Insane asylums Bombay 1873-77 - 1873-1877
Year: 1873
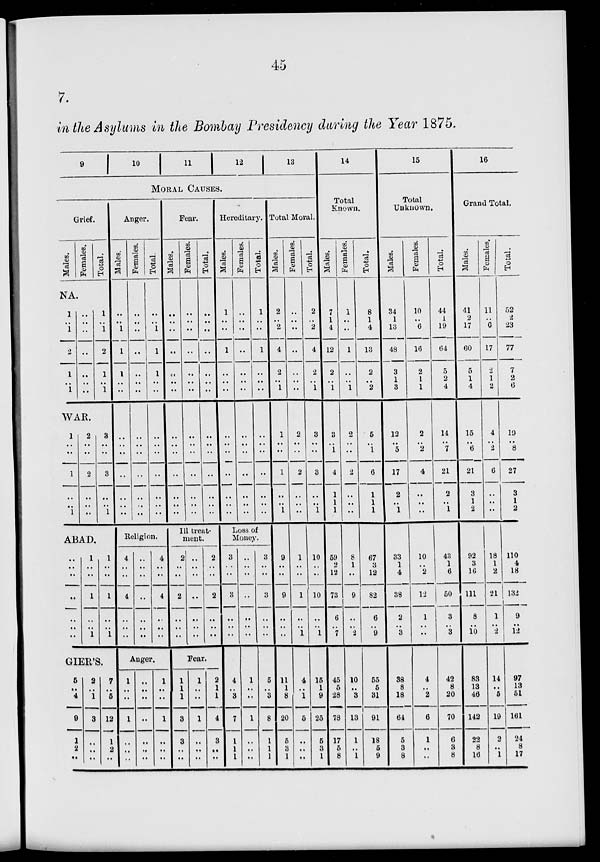
45
7.
in the Asylums in the Bombay Presidency during the Year 1875.
9
10
11
12 13
MORAL CAUSES.
Grief.
Males.
Females.
Total.
NA.
1
..
1
2
1
..
1
..
..
..
..
..
..
..
1
..
1
2
1
..
1
WAR.
1
..
..
1
..
..
1
2
..
..
2
..
..
..
3
..
..
3
..
..
1
ABAD,
..
..
..
..
..
..
..
1
..
..
1
..
..
1
1
..
..
1
..
..
1
GIER'S.
5
..
4
9
1
2
..
2
..
1
3
..
..
..
7
..
5
12
1
2
..
Anger.
Males.
..
..
1
1
1
..
..
..
..
..
..
..
..
..
Females.
..
..
..
..
..
..
..
..
..
..
..
..
..
..
Total.
..
..
1
1
1
..
..
..
..
..
..
..
..
..
Religion.
4
..
..
4
..
..
..
..
..
..
..
..
..
..
4
..
..
4
..
..
..
Anger.
1
..
..
1
..
..
..
..
..
..
..
..
..
..
1
..
..
1
..
..
..
Fear.
Males.
..
..
..
..
..
..
..
..
..
..
..
..
..
..
Females.
..
..
..
..
..
..
..
..
..
..
..
..
..
..
Total.
..
..
..
..
..
..
..
..
..
..
..
..
..
..
Ill treat-
ment.
2
..
..
2
..
..
..
..
..
..
..
..
..
..
2
..
..
2
..
..
..
Fear.
1
1
1
3
3
..
..
1
..
..
1
..
..
..
2
1
1
4
3
..
..
Hereditary.
Males.
1
..
..
1
..
..
..
..
..
..
..
..
..
..
Females.
..
..
..
..
..
..
..
..
..
..
..
..
..
..
Total.
1
..
..
1
..
..
..
..
..
..
..
..
..
..
Loss of
Money.
3
..
..
3
..
..
..
4
..
3
7
1
1
1
..
..
..
..
..
..
..
1
..
..
1
..
..
..
3
..
..
3
..
..
..
5
..
3
8
1
1
1
Total Moral.
Males.
2
..
2
4
2
..
1
1
..
..
1
..
..
1
9
..
..
9
..
..
..
11
1
8
20
5
3
1
Females,
..
..
..
..
..
..
..
2
..
..
2
..
..
..
1
..
..
1
..
..
1
4
..
1
5
..
..
..
Total.
2
..
2
4
2
..
1
3
..
..
3
..
..
1
10
..
..
10
..
..
1
15
1
9
25
5
3
1
14
Total
Known.
Males.
..
7
1
4
12
2
..
1
3
..
1
4
1
1
1
59
2
..
73
6
..
7
45
5
28
78
17
5
8
Females.
1
..
..
1
..
..
1
2
..
..
2
..
..
..
8
1
..
9
..
..
2
10
..
3
13
1
..
1
Total.
8
1
4
13
2
..
2
5
..
1
6
1
1
1
67
3
12
82
6
..
9
55
5
31
91
18
5
9
15
Total
Unknown.
Males.
34
1
13
48
3
1
3
12
..
5
17
2
..
1
33
1
4
38
2
..
3
38
8
18
64
5
3
8
Females.
10
..
6
16
2
1
1
2
..
2
4
..
..
..
10
..
2
12
1
..
..
4
..
2
6
1
..
..
Total.
44
1
19
64
5
2
4
14
..
7
21
2
..
1
43
1
6
50
3
..
3
42
8
20
70
6
3
8
16
Grand Total.
Males.
41
2
17
60
5
1
4
15
..
6
21
3
1
2
92
3
16
111
8
..
10
83
13
46
142
22
8
16
Females.
11
..
6
17
2
1
2
4
..
2
6
..
..
..
18
1
2
21
1
..
2
14
..
5
19
2
..
1
Total.
52
2
23
77
7
2
6
19
..
8
27
3
1
2
110
4
18
132
9
..
12
97
13
51
161
24
8
17